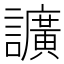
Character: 𧭰